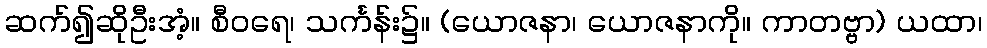
ဆက်၍ဆိုဦးအံ့။ စီဝရေ၊ သင်္ကန်း၌။ (ယောဇနာ၊ ယောဇနာကို။ ကာတဗ္ဗာ) ယထာ၊